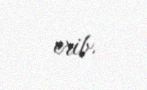
erib.